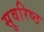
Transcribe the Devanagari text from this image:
सुवरिष्ठ